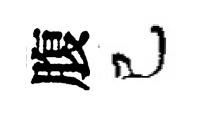
腹己